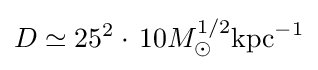
D\simeq 25^{2}\cdot \,10M_{\odot }^{1/2}\mathrm {kpc} ^{-1}